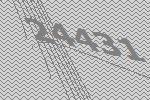
24431